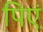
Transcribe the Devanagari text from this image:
पिएं